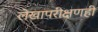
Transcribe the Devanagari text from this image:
लेखापरीक्षणही